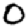
Digit: 0